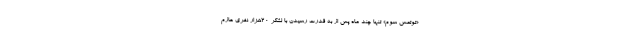
«توتمس سوم» تنها چند ماه پس از به قدرت رسیدن با لشکر ۲۰هزار نفری عازم